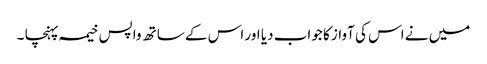
میں نے اس کی آواز کا جواب دیا اور اس کے ساتھ واپس خیمہ پہنچا ۔